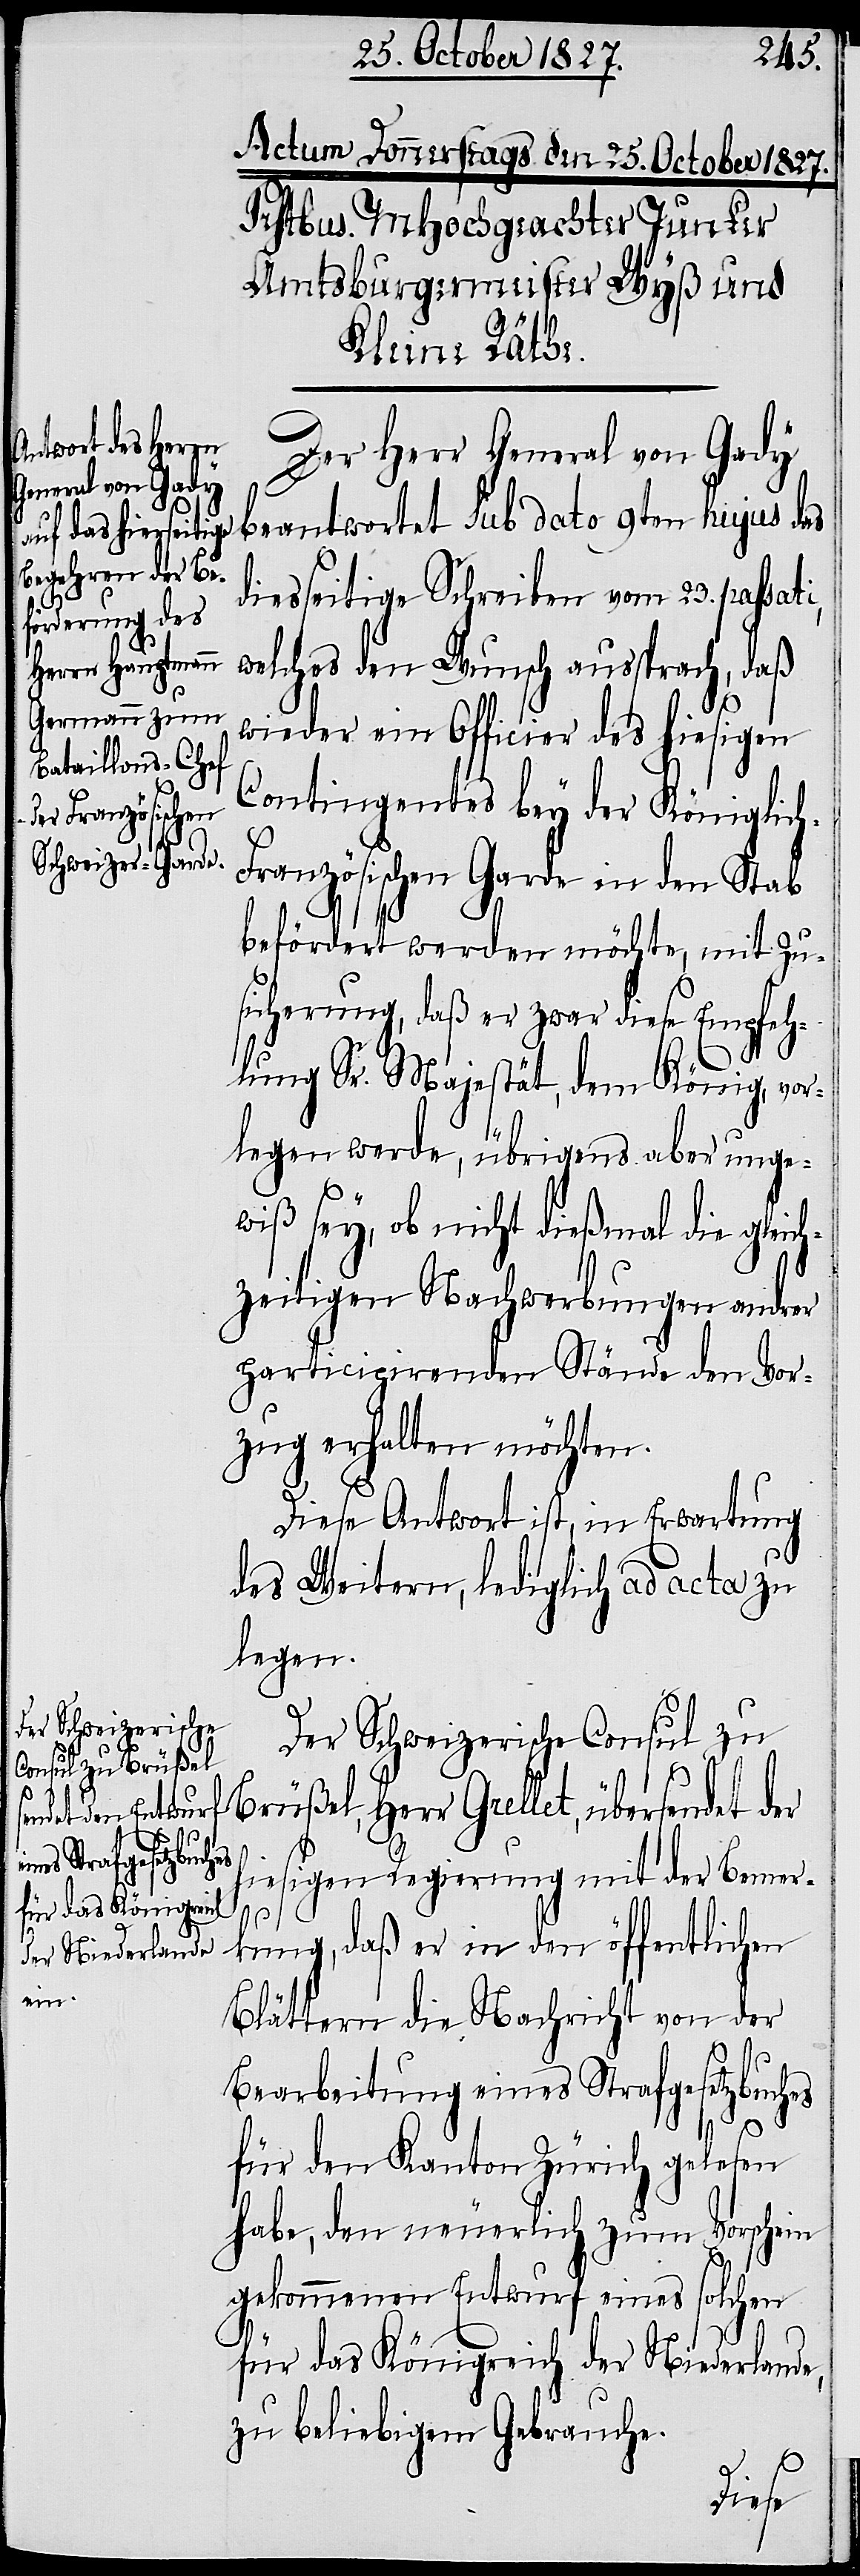
Der Herr General von Gady
beantwortet Sub dato 9ten hujus das
diesseitige Schreiben vom 23. passat¬
wieder ein Officier des hiesigen
Contingentes bey der Königlic¬
ranzösischen Garde in den Stab
befördert werden möchte, mit Zu¬
sicherung, daß er zwar diese Empfeh¬
lung Sr. Majestät, dem König, vor¬
legen werde, übrigens aber unge¬
wiß sey, ob nicht dießmal die gleich¬
zeitigen Nachwerbungen andrer
participirender Stände den Vor¬
zug erhalten möchten.
Diese Antwort ist, in Erwartung
des Weitern, lediglich ad acta zu
legen.
Der Schweizerische Consul zu
h-F¬
welches den
Brüßel, Herr Grellet, übersendet der
Wunsch aussprach,
hiesigen Regierung mit der Bemer¬
kung, daß er in den öffentlichen
Blättern die Nachricht von der
Bearbeitung eines Strafgesetzbuches
für den Kanton Zürich gelesen
habe, den neuerlich zum Vorschein
gekommenen Vorwurf eines solchen
für das Königreich der Niederlande,
zu beliebigem Gebrauche.